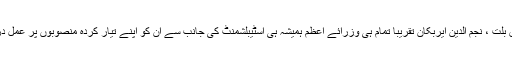
سیلمان دیمرل ، تانسو چیلر، بلنت ایجوت، ترگت اوزال، یلدرم آق بُلت ، نجم الدین ایربکان تقریباً تمام ہی وزرائے اعظم ہمیشہ ہی اسٹیبلشمنٹ کی جانب سے ان کو اپنے تیار کردہ منصوبوں پر عمل درآمد کرنے کا موقع نہ دئیے جانے کی شکایت کرتے رہے ہیں۔